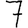
Digit: 7